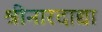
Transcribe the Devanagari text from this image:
श्रीनारदाद्या